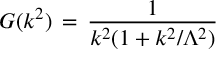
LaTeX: G ( k ^ { 2 } ) \, = \, \frac { 1 } { k ^ { 2 } ( 1 + k ^ { 2 } / \Lambda ^ { 2 } ) }